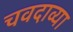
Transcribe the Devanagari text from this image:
चवदाव्या